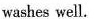
washes well.